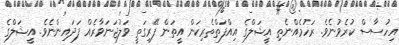
އިހުސާސް ކުރެވުނެވެ. ރަހުމެއްނެތި އީޝަލްގެ އިއްފަތްތެރިކަން އީތަން ފޭރިގަތީ ވަލުޖަނަވާރެއް ފަދައިންނެވެ. އީޝަލްގެ